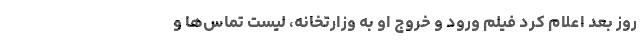
روز بعد اعلام کرد فیلم ورود و خروج او به وزارتخانه، لیست تماس‌ها و